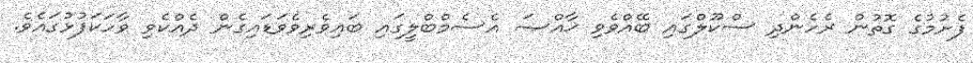
ފެށުމުގެ ގޮތުން ރެހެންދި ސްކޫލްގައި ބޭއްވެވި ޚާއްޞަ އެސެމްބްލީގައި ބައިވެރިވެވަޑައިގެން ދެއްކެވި ވާހަކަފުޅުގައެވެ.